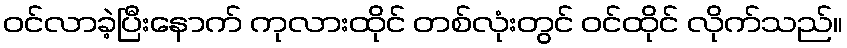
ဝင်လာခဲ့ပြီးနောက် ကုလားထိုင် တစ်လုံးတွင် ဝင်ထိုင် လိုက်သည်။